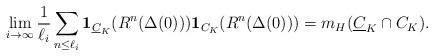
LaTeX: \begin{align*}\lim_{i\to\infty}\frac{1}{\ell_i}\sum_{n\leq \ell_i}\mathbf{1}_{\underline{C}_K}(R^n(\Delta(0)))\mathbf{1}_{C_K}(R^n(\Delta(0)))=m_H(\underline{C}_K\cap C_K).\end{align*}